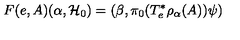
F ( e , A ) ( \alpha , { \cal H } _ { 0 } ) = ( \beta , \pi _ { 0 } ( T _ { e } ^ { * } \rho _ { \alpha } ( A ) ) \psi )